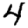
Digit: 4